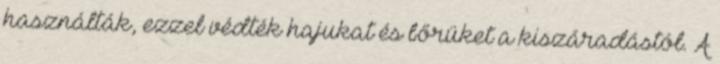
használták, ezzel védték hajukat és bőrüket a kiszáradástól. A